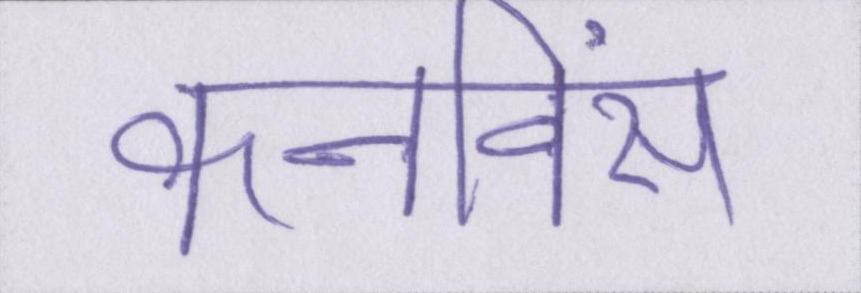
कनविंस